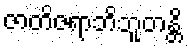
ဇာတိဇရာဘိဘူတန္တိ